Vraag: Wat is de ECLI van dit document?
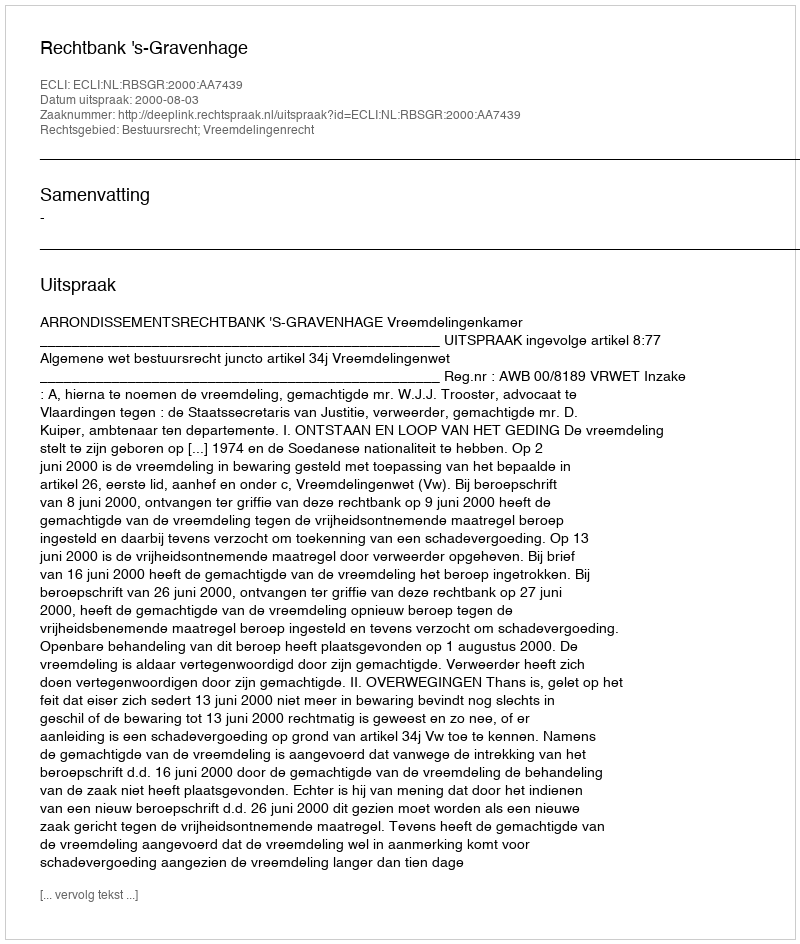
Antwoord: ECLI:NL:RBSGR:2000:AA7439